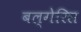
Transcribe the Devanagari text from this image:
बल्गेरिस